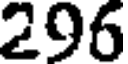
296